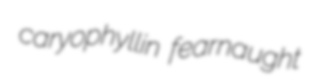
caryophyllin fearnaught